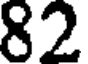
82